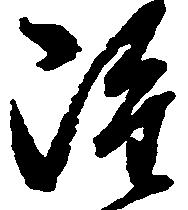
雖